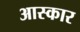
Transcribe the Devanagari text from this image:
आस्कार